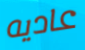
عاديه